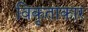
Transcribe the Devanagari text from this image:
विकृताकार